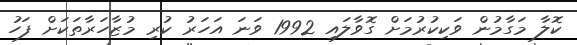
ކޮލާ މަގާމުން ވަކިކުރުމަށް ގޮވާލައި 1992 ވަނަ އަހަރު ކުރި މުޒާހަރާތަކަށް ފަހު